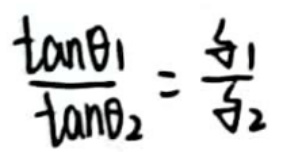
$\frac{\tan\theta_1}{\tan\theta_2}=\frac{v_1}{v_2}$